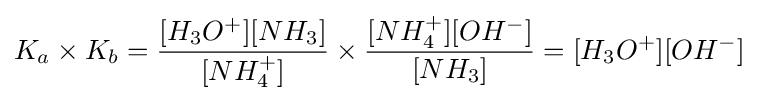
K_{a}\times K_{b}={[H_{3}O^{+}][NH_{3}] \over [NH_{4}^{+}]}\times {[NH_{4}^{+}][OH^{-}] \over [NH_{3}]}=[H_{3}O^{+}][OH^{-}]